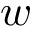
w